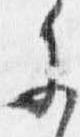
参